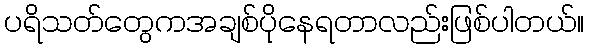
ပရိသတ်တွေကအချစ်ပိုနေရတာလည်းဖြစ်ပါတယ်။